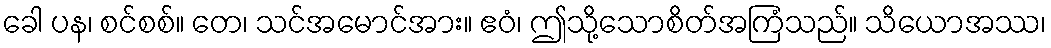
ခေါ ပန၊ စင်စစ်။ တေ၊ သင်အမောင်အား။ ဧဝံ၊ ဤသို့သောစိတ်အကြံသည်။ သိယောအဿ၊